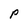
Character: P